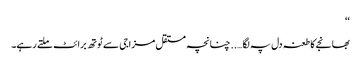
‘‘
بھانجے کا طعنہ دل پہ لگا….. چنانچہ مستقل مزاجی سے ٹوتھ برائٹ ملتے رہے۔